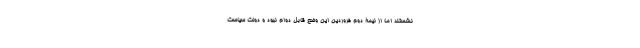
نشستند اما از نیمۀ دوم فروردین این وضع قابل دوام نبود و دولت سیاست